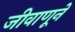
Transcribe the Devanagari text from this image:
जीवाणूने